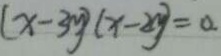
( x - 3 y ) ( x - 2 y ) = 0